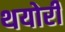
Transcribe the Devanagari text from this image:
थयोरी